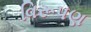
વિરૂપણ